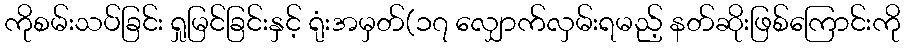
ကိုစမ်းသပ်ခြင်း ရှုမြင်ခြင်းနှင့် ရုံးအမှတ်(၁၇ လျှောက်လှမ်းရမည့် နတ်ဆိုးဖြစ်ကြောင်းကို